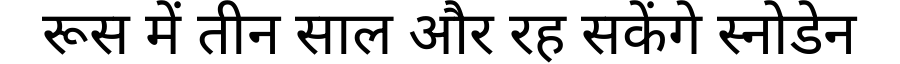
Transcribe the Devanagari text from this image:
रूस में तीन साल और रह सकेंगे स्नोडेन